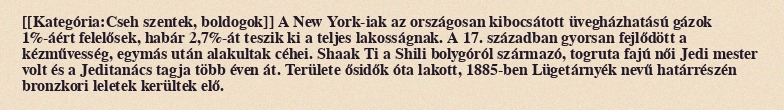
[[Kategória:Cseh szentek, boldogok]] A New York-iak az országosan kibocsátott üvegházhatású gázok 1%-áért felelősek, habár 2,7%-át teszik ki a teljes lakosságnak. A 17. században gyorsan fejlődött a kézművesség, egymás után alakultak céhei. Shaak Ti a Shili bolygóról származó, togruta fajú női Jedi mester volt és a Jeditanács tagja több éven át. Területe ősidők óta lakott, 1885-ben Lügetárnyék nevű határrészén bronzkori leletek kerültek elő.